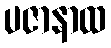
ပဇာနာထ